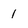
Character: 1